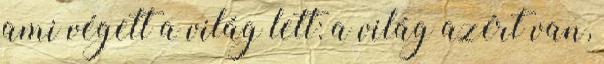
ami végett a világ lett: a világ azért van,